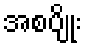
အစပျိုး